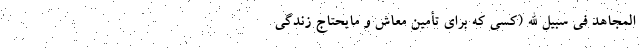
َالمُجاهِد فی سَبیلِ الله (کسی که برای تأمین معاش و مایحتاج زندگی